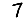
Digit: 7